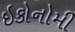
ઇકોનોમી